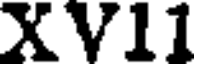
XV11